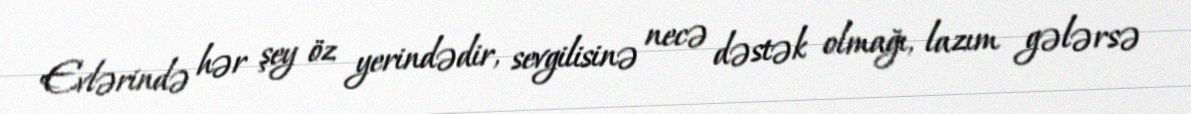
Evlərində hər şey öz yerindədir, sevgilisinə necə dəstək olmağı, lazım gələrsə